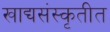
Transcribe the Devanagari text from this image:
खाद्यसंस्कृतीत